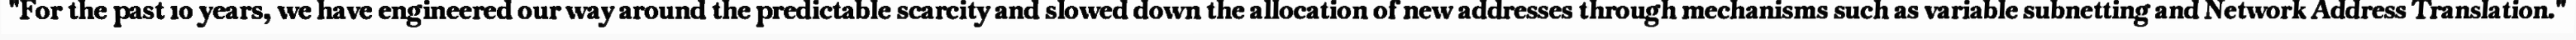
"For the past 10 years, we have engineered our way around the predictable scarcity and slowed down the allocation of new addresses through mechanisms such as variable subnetting and Network Address Translation."